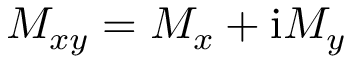
M _ { x y } = M _ { x } + \mathrm { i } M _ { y }